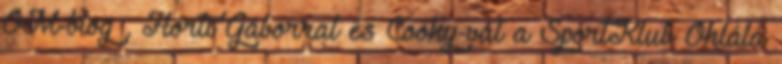
OM-blog , Horti Gáborral és Cooky-val a SportKlub Ohlálá